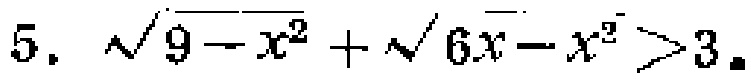
\(5.\ \sqrt{9 - x^{2}}+\sqrt{6x - x^{2}}>3.\)